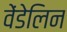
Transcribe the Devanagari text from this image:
वेंडेलिन